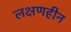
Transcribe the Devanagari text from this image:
लक्षणहीन